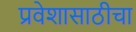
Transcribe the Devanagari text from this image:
प्रवेशासाठीचा